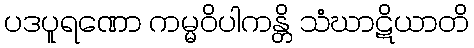
ပဒပူရဏော ကမ္မဝိပါကန္တိ သံဃာဋိယာတိ